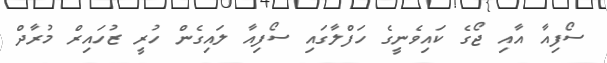
ސޯފިއާ އާއި ޖޯގެ ކައިވެނީގެ ހަފްލާގައި ސޯފިއާ ލައިގެން ހުރީ ޒުހައިރް މުރާދް